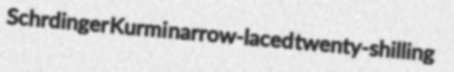
Schrdinger Kurmi narrow-laced twenty-shilling